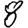
Digit: 8